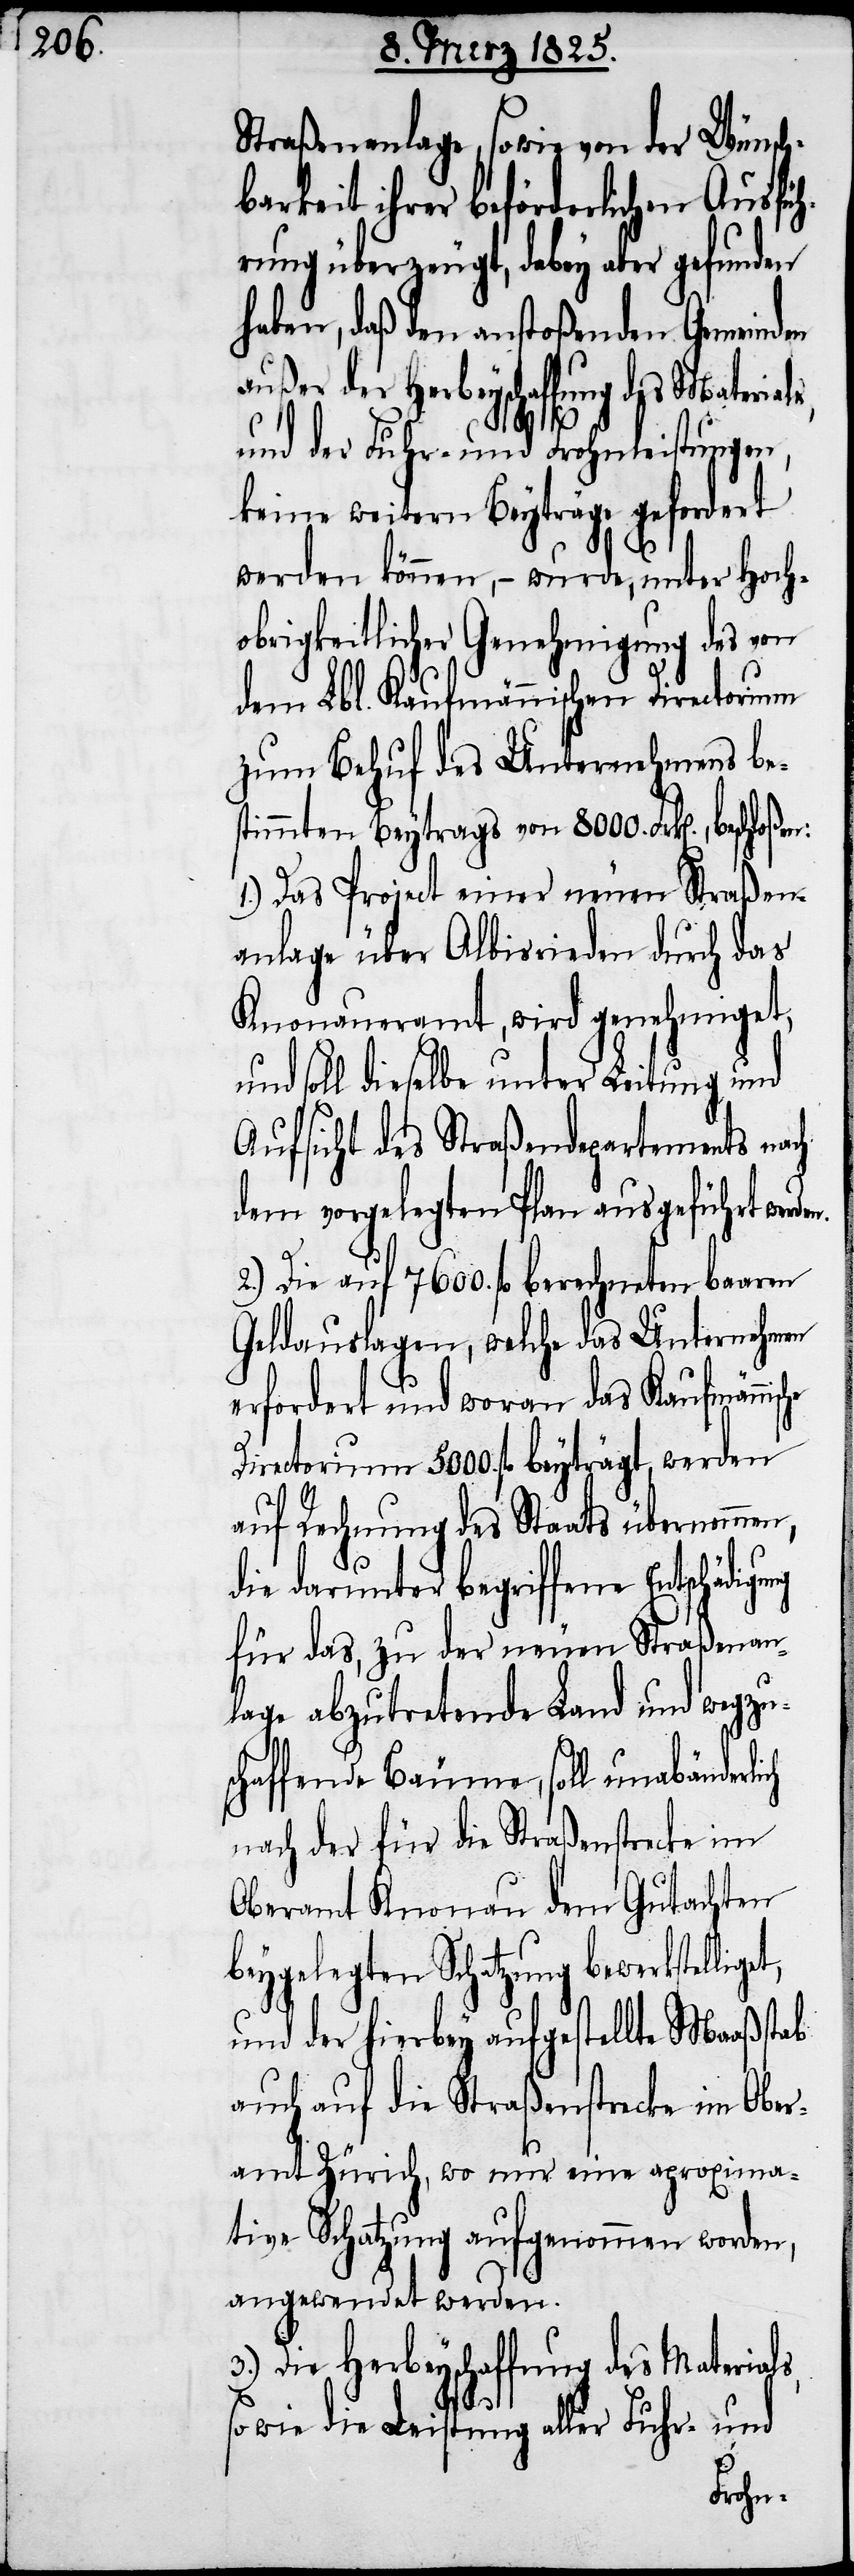
Straßenanlage, sowie von der Wünsch¬
barkeit ihrer beförderlichen Ausfüh¬
rung überzeugt, dabey aber gefunden
haben, daß den anstoßenden Gemeinden
außer der Herbeyschaffung des
und der Fuhr- und Frohnleistungen,
keine weitern Beyträge gefordert
werden können, − wurde, unter Hoch¬
obrigkeitlicher Genehmigung des von
dem Lbl. Kaufmännischen Directorium
zum Behuf des Unternehmens be¬
stimmten Beytrags von 8000. Frk[en].,
1.) Das Project einer neuen Straßen¬
anlage über Albisrieden durch das
Knonaueramt, wird genehmiget,
und soll dieselbe unter Leitung und
Aufsicht des Straßendepartements nach
dem vorgelegten Plan ausgeführt wer¬
2.) Die auf 7600. fl berechneten baaren
Geldauslagen, welche das Unternehmen
erfordert und woran das Kaufmänni¬
Directorium 5000. fl beyträgt, werden
auf Rechnung des Staats übernommen,
die darunter begriffene Entschä¬
für das, zu der neuen Straßenan¬
lage abzutretende Land und wegzu¬
schaffende Bäume, soll unabänderlich
nach der für die Straßenstrecke im
Oberamt Knonau dem Gutachten
beygelegten Schatzung bewerkstellig¬
und der hierbey aufgestellte Maaßstab
auch auf die Straßenstrecke im Ober¬
amt Zürich, wo nur eine aproxima¬
tive Schatzung aufgenommen worden,
angewendet werden.
3.) Die Herbeyschaffung des Materials,
sowie die Leistung aller Fuhr- und
et,